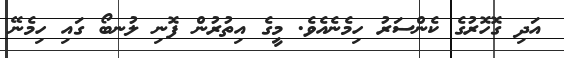
އަދި ގޮހޮރުގެ ކެންސަރު ހިމެނެއެވެ. މީގެ އިތުރުން ފޮނި ލުނބޯ ގައި ހިމެނޭ